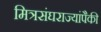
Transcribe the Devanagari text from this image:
मित्रसंघराज्यांपैकी